Document type: payment_order
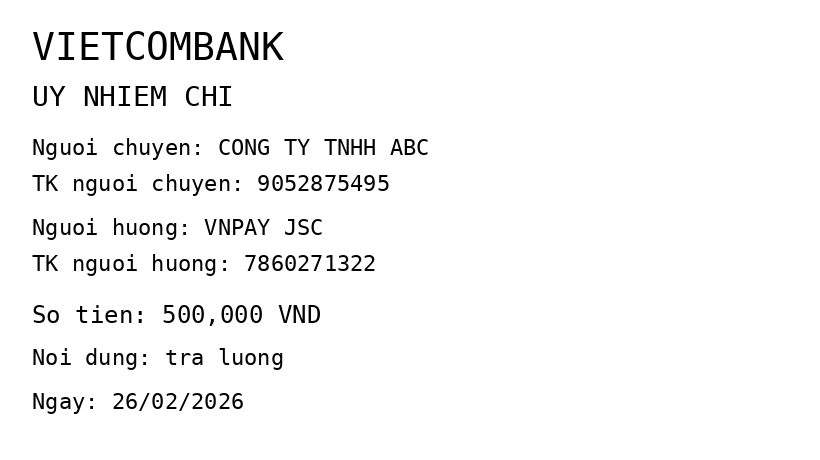
OCR transcript:
VIETCOMBANK
UY NHIEM CHI
Nguoi chuyen: CONG TY TNHH ABC
TK nguoi chuyen: 9052875495
Nguoi huong: VNPAY JSC
TK nguoi huong: 7860271322
So tien: 500,000 VND
Noi dung: tra luong
Ngay: 26/02/2026
Extracted fields:
bank_name: vietcombank
sender_name: cong ty tnhh abc
sender_account: 9052875495
beneficiary_name: vnpay jsc
beneficiary_account: 7860271322
amount: 500000
content: tra luong
date: 2026-02-26